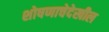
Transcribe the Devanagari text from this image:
शोषणाचेदेखील